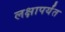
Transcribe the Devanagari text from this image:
लक्षापर्यंत